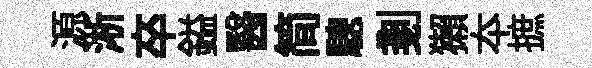
源淅卒鎰醫简驄剗獺夲摭